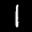
Label: 1